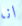
انا